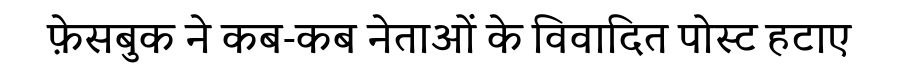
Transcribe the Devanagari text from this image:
फ़ेसबुक ने कब-कब नेताओं के विवादित पोस्ट हटाए